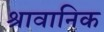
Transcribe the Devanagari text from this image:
श्रावानिक